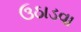
ઉઠાડવા